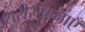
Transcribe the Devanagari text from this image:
शरीररचनाएँ